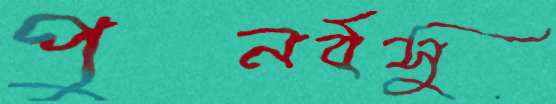
পুনর্বসু